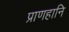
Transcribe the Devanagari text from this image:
प्राणहानि